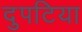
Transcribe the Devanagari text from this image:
दुपटिया